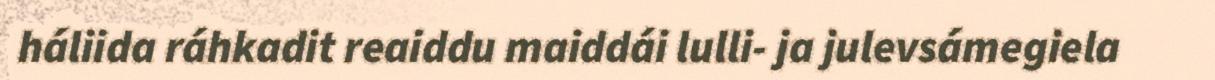
háliida ráhkadit reaiddu maiddái lulli- ja julevsámegiela